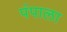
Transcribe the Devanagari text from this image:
पंपाला